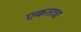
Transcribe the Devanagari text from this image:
एकतात्रा